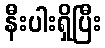
နီးပါးရှိပြီး